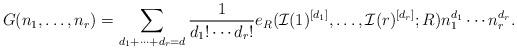
LaTeX: \begin{align*} G(n_1,\ldots,n_r)=\sum_{d_1+\cdots+d_r=d}\frac{1}{d_1!\cdots d_r!} e_R(\mathcal I(1)^{[d_1]},\ldots,\mathcal I(r)^{[d_r]};R)n_1^{d_1}\cdots n_r^{d_r}. \end{align*}